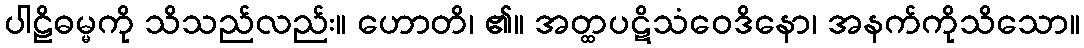
ပါဠိဓမ္မကို သိသည်လည်း။ ဟောတိ၊ ၏။ အတ္ထပဋိသံဝေဒိနော၊ အနက်ကိုသိသော။